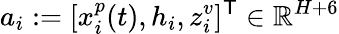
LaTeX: a_{i}:=[x_{i}^{p}(t),h_{i},z_{i}^{v}]^{\mathsf{T}}\in\mathbb{R}^{H+6}